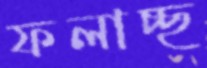
ফলাচ্ছ